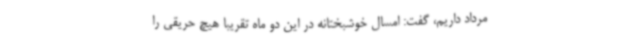
مرداد داریم، گفت: امسال خوشبختانه در این دو ماه تقریبا هیچ حریقی را